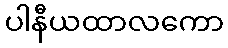
ပါနီယထာလကော